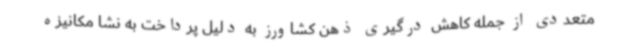
متعددی از جمله کاهش درگیری ذهن کشاورز به دلیل پرداخت به نشا مکانیزه